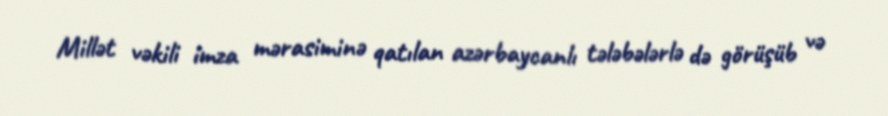
Millət vəkili imza mərasiminə qatılan azərbaycanlı tələbələrlə də görüşüb və